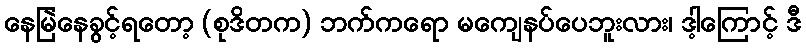
နေမြဲနေခွင့်ရတော့ (စုဒိတက) ဘက်ကရော မကျေနပ်ပေဘူးလား၊ ဒါ့ကြောင့် ဒီ